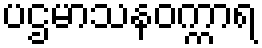
ပဌမာသနဝက္ကာရ